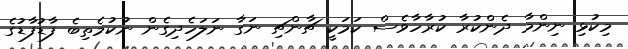
މިކުޅި ނިންމާ ދެންކުރާ ކުރާހާވެސް ކަމަކީ ޗާންޗި ނަގާ ނަލަހެދިގެން ނުކުމެތިބެ ފާޑުފާޑުގެ